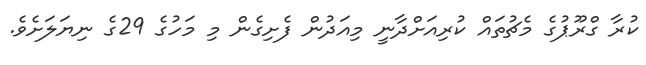
ކުރާ ގްރޫޕުގެ މެޗުތައް ކުރިއަށްދާނީ މިއަދުން ފެށިގެން މި މަހުގެ 29ގެ ނިޔަލަށެވެ.